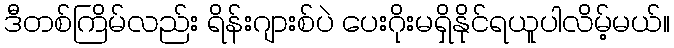
ဒီတစ်ကြိမ်လည်း ရိန်းဂျားစ်ပဲ ပေးဂိုးမရှိနိုင်ရယူပါလိမ့်မယ်။